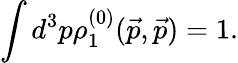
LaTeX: \int d^{3}p\rho_{1}^{(0)}(\vec{p},\vec{p})=1.